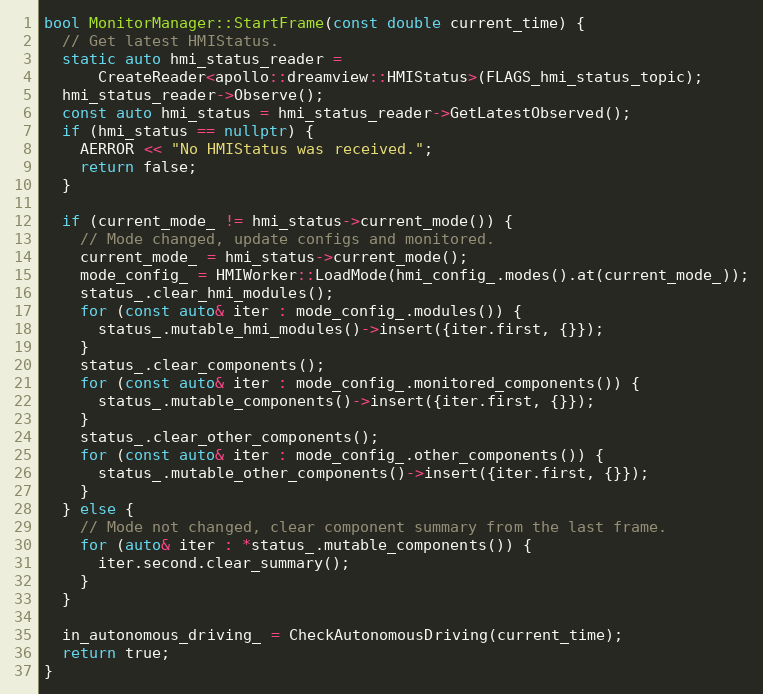
Language: C++
bool MonitorManager::StartFrame(const double current_time) {
  // Get latest HMIStatus.
  static auto hmi_status_reader =
      CreateReader<apollo::dreamview::HMIStatus>(FLAGS_hmi_status_topic);
  hmi_status_reader->Observe();
  const auto hmi_status = hmi_status_reader->GetLatestObserved();
  if (hmi_status == nullptr) {
    AERROR << "No HMIStatus was received.";
    return false;
  }

  if (current_mode_ != hmi_status->current_mode()) {
    // Mode changed, update configs and monitored.
    current_mode_ = hmi_status->current_mode();
    mode_config_ = HMIWorker::LoadMode(hmi_config_.modes().at(current_mode_));
    status_.clear_hmi_modules();
    for (const auto& iter : mode_config_.modules()) {
      status_.mutable_hmi_modules()->insert({iter.first, {}});
    }
    status_.clear_components();
    for (const auto& iter : mode_config_.monitored_components()) {
      status_.mutable_components()->insert({iter.first, {}});
    }
    status_.clear_other_components();
    for (const auto& iter : mode_config_.other_components()) {
      status_.mutable_other_components()->insert({iter.first, {}});
    }
  } else {
    // Mode not changed, clear component summary from the last frame.
    for (auto& iter : *status_.mutable_components()) {
      iter.second.clear_summary();
    }
  }

  in_autonomous_driving_ = CheckAutonomousDriving(current_time);
  return true;
}